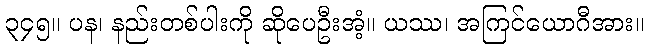
၃၄၅။ ပန၊ နည်းတစ်ပါးကို ဆိုပေဦးအံ့။ ယဿ၊ အကြင်ယောဂီအား။